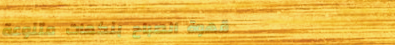
قهوة الصباح بنكهات متنوعة